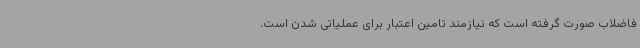
فاضلاب صورت گرفته است که نیازمند تامین اعتبار برای عملیاتی شدن است.